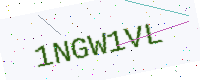
Text: 1NGW1VL